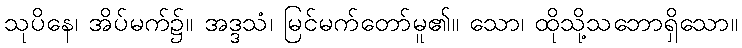
သုပိနေ၊ အိပ်မက်၌။ အဒ္ဒသံ၊ မြင်မက်တော်မူ၏။ သော၊ ထိုသို့သဘောရှိသော။